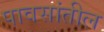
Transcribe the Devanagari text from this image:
पावसांतील